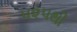
૫૨૫થી